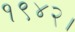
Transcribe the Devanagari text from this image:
१९४२।